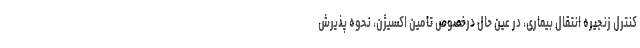
کنترل زنجیره انتقال بیماری، در عین حال درخصوص تامین اکسیژن، نحوه پذیرش